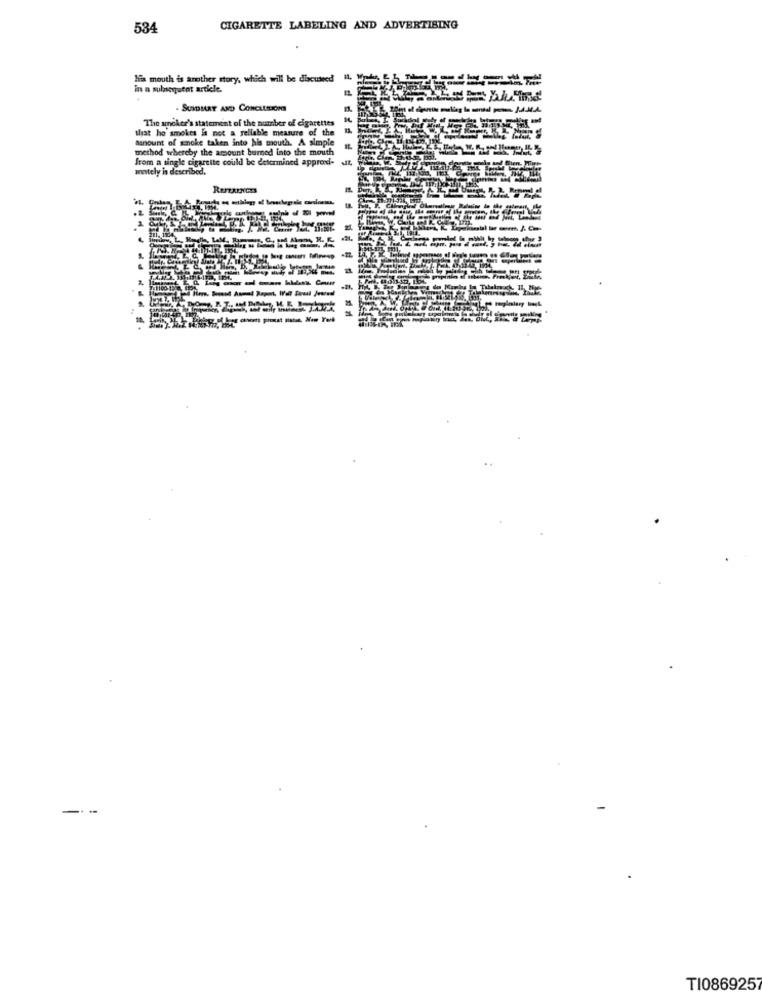
534
CIGARETTE LABELING AND ADVERTISING
his mouth is another story, which will be discussed
in a subsequent article.
The smoker's statement of the number of cigarettes
that he smokes la not a reliable measure of the
asnount of snoke taken into his mouth. A simple
method whereby the amount burned into the mouth
from a single cigarette could be determined approxi. it,
amtely is described.
-----
-----
-21.
---
TI086925